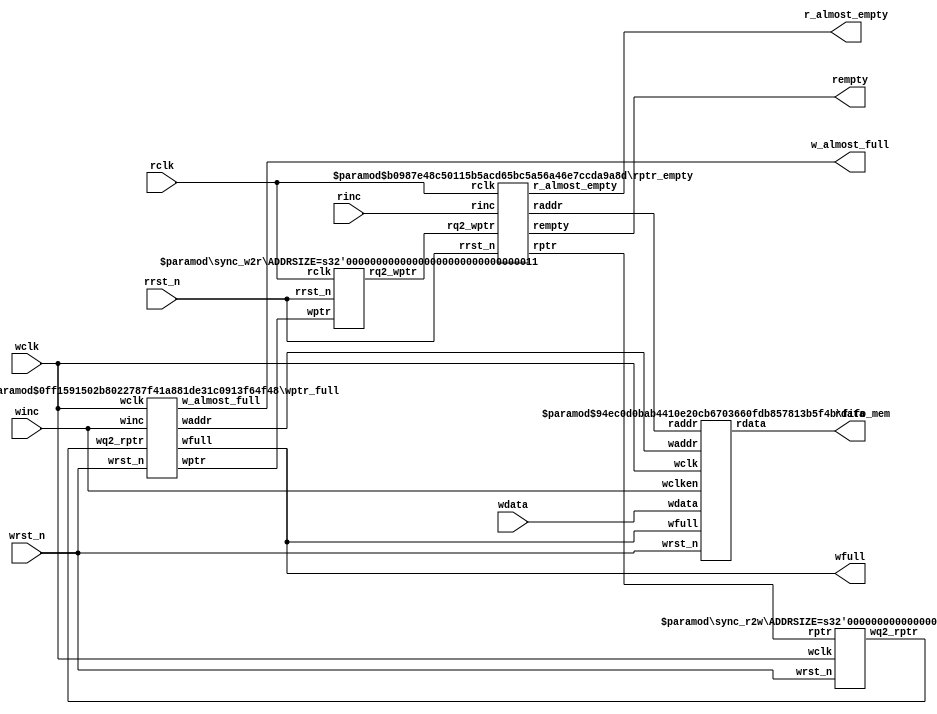
//-
// Copyright (c) 2015 University of Cambridge
// Copyright (c) 2015 <Author name>
// All rights reserved.
//
// This software was developed by the University of Cambridge Computer Laboratory 
// under EPSRC INTERNET Project EP/H040536/1, National Science Foundation under Grant No. CNS-0855268,
// and Defense Advanced Research Projects Agency (DARPA) and Air Force Research Laboratory (AFRL), 
// under contract FA8750-11-C-0249.
//
// @NETFPGA_LICENSE_HEADER_START@
//
// Licensed to NetFPGA Open Systems C.I.C. (NetFPGA) under one or more contributor
// license agreements.  See the NOTICE file distributed with this work for
// additional information regarding copyright ownership.  NetFPGA licenses this
// file to you under the NetFPGA Hardware-Software License, Version 1.0 (the
// "License"); you may not use this file except in compliance with the
// License.  You may obtain a copy of the License at:
//
//   http://www.<future link here>
//
// Unless required by applicable law or agreed to in writing, Work distributed
// under the License is distributed on an "AS IS" BASIS, WITHOUT WARRANTIES OR
// CONDITIONS OF ANY KIND, either express or implied.  See the License for the
// specific language governing permissions and limitations under the License.
//
// @NETFPGA_LICENSE_HEADER_END@
//
//-----------------------------------------------------------------
//
// The original verilog code provided by Clifford E. Cummings,
// Sunburst Design, Inc.
//
// Web:   www.sunburst-design.com
//
//----------------------------------------------------------------

module small_async_fifo
  #(
    parameter DSIZE = 8,
    parameter ASIZE = 3,
    parameter ALMOST_FULL_SIZE = 5,
    parameter ALMOST_EMPTY_SIZE = 3
    )

  (
   //wr interface
   output wfull,
   output w_almost_full,
   input [DSIZE-1:0] wdata,
   input winc, wclk, wrst_n,

   //rd interface
   output [DSIZE-1:0] rdata,
   output rempty,
   output r_almost_empty,
   input rinc, rclk, rrst_n
   );

   wire [ASIZE-1:0] waddr, raddr;
   wire [ASIZE:0]   wptr, rptr, wq2_rptr, rq2_wptr;

   sync_r2w #(ASIZE) sync_r2w (.wq2_rptr(wq2_rptr), .rptr(rptr),
		      .wclk(wclk), .wrst_n(wrst_n));

   sync_w2r #(ASIZE) sync_w2r (.rq2_wptr(rq2_wptr), .wptr(wptr),
		      .rclk(rclk), .rrst_n(rrst_n));

   fifo_mem #(DSIZE, ASIZE) fifo_mem
     (.rdata(rdata), .wdata(wdata),
      .waddr(waddr), .raddr(raddr),
      .wclken(winc), .wfull(wfull),
      .wclk(wclk), .wrst_n(wrst_n));

   rptr_empty #(.ADDRSIZE(ASIZE), .ALMOST_EMPTY_SIZE(ALMOST_EMPTY_SIZE))
     rptr_empty
     (.rempty(rempty),
      .r_almost_empty(r_almost_empty),
      .raddr(raddr),
      .rptr(rptr),
      .rq2_wptr(rq2_wptr),
      .rinc(rinc),
      .rclk(rclk),
      .rrst_n(rrst_n));

   wptr_full #(.ADDRSIZE(ASIZE), .ALMOST_FULL_SIZE(ALMOST_FULL_SIZE))
     wptr_full
     (.wfull(wfull),
      .w_almost_full(w_almost_full),
      .waddr(waddr),
      .wptr(wptr),
      .wq2_rptr(wq2_rptr),
      .winc(winc),
      .wclk(wclk),
      .wrst_n(wrst_n));


endmodule // small_async_fifo


module sync_r2w #(parameter ADDRSIZE = 3)
  (output reg [ADDRSIZE:0] wq2_rptr,
   input [ADDRSIZE:0] rptr,
   input wclk, wrst_n);

   reg [ADDRSIZE:0] wq1_rptr;

   always @(posedge wclk or negedge wrst_n)

     if (!wrst_n) {wq2_rptr,wq1_rptr} <= 0;

     else {wq2_rptr,wq1_rptr} <= {wq1_rptr,rptr};

endmodule // sync_r2w


module sync_w2r #(parameter ADDRSIZE = 3)
  (output reg [ADDRSIZE:0] rq2_wptr,
   input [ADDRSIZE:0] wptr,
   input rclk, rrst_n);

   reg [ADDRSIZE:0] rq1_wptr;

   always @(posedge rclk or negedge rrst_n)

     if (!rrst_n) {rq2_wptr,rq1_wptr} <= 0;

     else {rq2_wptr,rq1_wptr} <= {rq1_wptr,wptr};

endmodule // sync_w2r


module rptr_empty
  #(parameter ADDRSIZE = 3,
    parameter ALMOST_EMPTY_SIZE=3)
  (output reg rempty,
   output reg r_almost_empty,
   output [ADDRSIZE-1:0] raddr,
   output reg [ADDRSIZE :0] rptr,
   input [ADDRSIZE :0] rq2_wptr,
   input rinc, rclk, rrst_n);

   reg [ADDRSIZE:0] rbin;
   wire [ADDRSIZE:0] rgraynext, rbinnext;
   reg [ADDRSIZE :0] rq2_wptr_bin;
   integer 	     i;

   //------------------
   // GRAYSTYLE2 pointer
   //------------------
   always @(posedge rclk or negedge rrst_n)

     if (!rrst_n) {rbin, rptr} <= 0;
     else {rbin, rptr} <= {rbinnext, rgraynext};

   // Memory read-address pointer (okay to use binary to address memory)
   assign 	     raddr = rbin[ADDRSIZE-1:0];

   assign 	     rbinnext = rbin + (rinc & ~rempty);
   assign 	     rgraynext = (rbinnext>>1) ^ rbinnext;

   //--------------------------------------------------------------
   // FIFO empty when the next rptr == synchronized wptr or on reset
   //--------------------------------------------------------------
   wire 	     rempty_val = (rgraynext == rq2_wptr);

   // Gray code to Binary code conversion
   always @(rq2_wptr)
     for (i=0; i<(ADDRSIZE+1); i=i+1)
       rq2_wptr_bin[i] = ^ (rq2_wptr >> i);

   wire [ADDRSIZE:0] subtract = (rbinnext + ALMOST_EMPTY_SIZE)-rq2_wptr_bin;

   wire r_almost_empty_val = ~subtract[ADDRSIZE];

   always @(posedge rclk or negedge rrst_n)
     if (!rrst_n) begin
	rempty <= 1'b1;
	r_almost_empty <= 1'b 1;
     end
     else begin
	rempty <= rempty_val;
	r_almost_empty <= r_almost_empty_val;
     end

endmodule // rptr_empty


module wptr_full
  #(parameter ADDRSIZE = 3,
    parameter ALMOST_FULL_SIZE=5
    )
  (output reg wfull,
   output reg w_almost_full,
   output [ADDRSIZE-1:0] waddr,
   output reg [ADDRSIZE :0] wptr,
   input [ADDRSIZE :0] wq2_rptr,
   input winc, wclk, wrst_n);

   reg [ADDRSIZE:0] wbin;
   wire [ADDRSIZE:0] wgraynext, wbinnext;
   reg [ADDRSIZE :0] wq2_rptr_bin;
   integer 	     i;

   // GRAYSTYLE2 pointer

   always @(posedge wclk or negedge wrst_n)
     if (!wrst_n) {wbin, wptr} <= 0;
     else {wbin, wptr} <= {wbinnext, wgraynext};

   // Memory write-address pointer (okay to use binary to address memory)
   assign waddr = wbin[ADDRSIZE-1:0];

   assign wbinnext = wbin + (winc & ~wfull);
   assign wgraynext = (wbinnext>>1) ^ wbinnext;


   //-----------------------------------------------------------------
   // Simplified version of the three necessary full-tests:
   // assign wfull_val=((wgnext[ADDRSIZE] !=wq2_rptr[ADDRSIZE] ) &&
   // (wgnext[ADDRSIZE-1] !=wq2_rptr[ADDRSIZE-1]) &&
   // (wgnext[ADDRSIZE-2:0]==wq2_rptr[ADDRSIZE-2:0]));
   //-----------------------------------------------------------------
   wire wfull_val = (wgraynext ==
		     {~wq2_rptr[ADDRSIZE:ADDRSIZE-1],wq2_rptr[ADDRSIZE-2:0]});

   // Gray code to Binary code conversion
   always @(wq2_rptr)
     for (i=0; i<(ADDRSIZE+1); i=i+1)
       wq2_rptr_bin[i] = ^ (wq2_rptr >> i);

   wire [ADDRSIZE :0] subtract = wbinnext - wq2_rptr_bin - ALMOST_FULL_SIZE;

   wire w_almost_full_val = ~subtract[ADDRSIZE];

   always @(posedge wclk or negedge wrst_n)
     if (!wrst_n) begin
	wfull <= 1'b0;
	w_almost_full <= 1'b 0;
     end
     else begin
	wfull <= wfull_val;
	w_almost_full <= w_almost_full_val;
     end

endmodule // wptr_full


module fifo_mem #(parameter DATASIZE = 8, // Memory data word width
		 parameter ADDRSIZE = 3) // Number of mem address bits

  (output [DATASIZE-1:0] rdata,
   input [DATASIZE-1:0] wdata,
   input [ADDRSIZE-1:0] waddr, raddr,
   input wclken, wfull, wclk,wrst_n);
	
	//wire [DATASIZE-1:0] rdata;

   // RTL Verilog memory model
   localparam DEPTH = 1<<ADDRSIZE;

   reg [DATASIZE-1:0] mem [0:DEPTH-1];
		
	reg [ADDRSIZE:0] i;
	
   assign rdata = mem[raddr];

   always @(posedge wclk)
   	if (~wrst_n)
        for(i=0; i<DEPTH; i=i+1) begin:  mem_reset
          mem [i] <= 0;
        end
  // endgenerate
	
     else if (wclken && !wfull) mem[waddr] <= wdata;

endmodule // fifo_mem*/